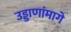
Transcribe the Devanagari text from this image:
उड्डाणांमागे